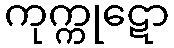
ကုက္ကုဋော